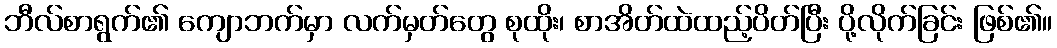
ဘီလ်စာရွက်၏ ကျောဘက်မှာ လက်မှတ်တွေ စုထိုး၊ စာအိတ်ထဲထည့်ပိတ်ပြီး ပို့လိုက်ခြင်း ဖြစ်၏။